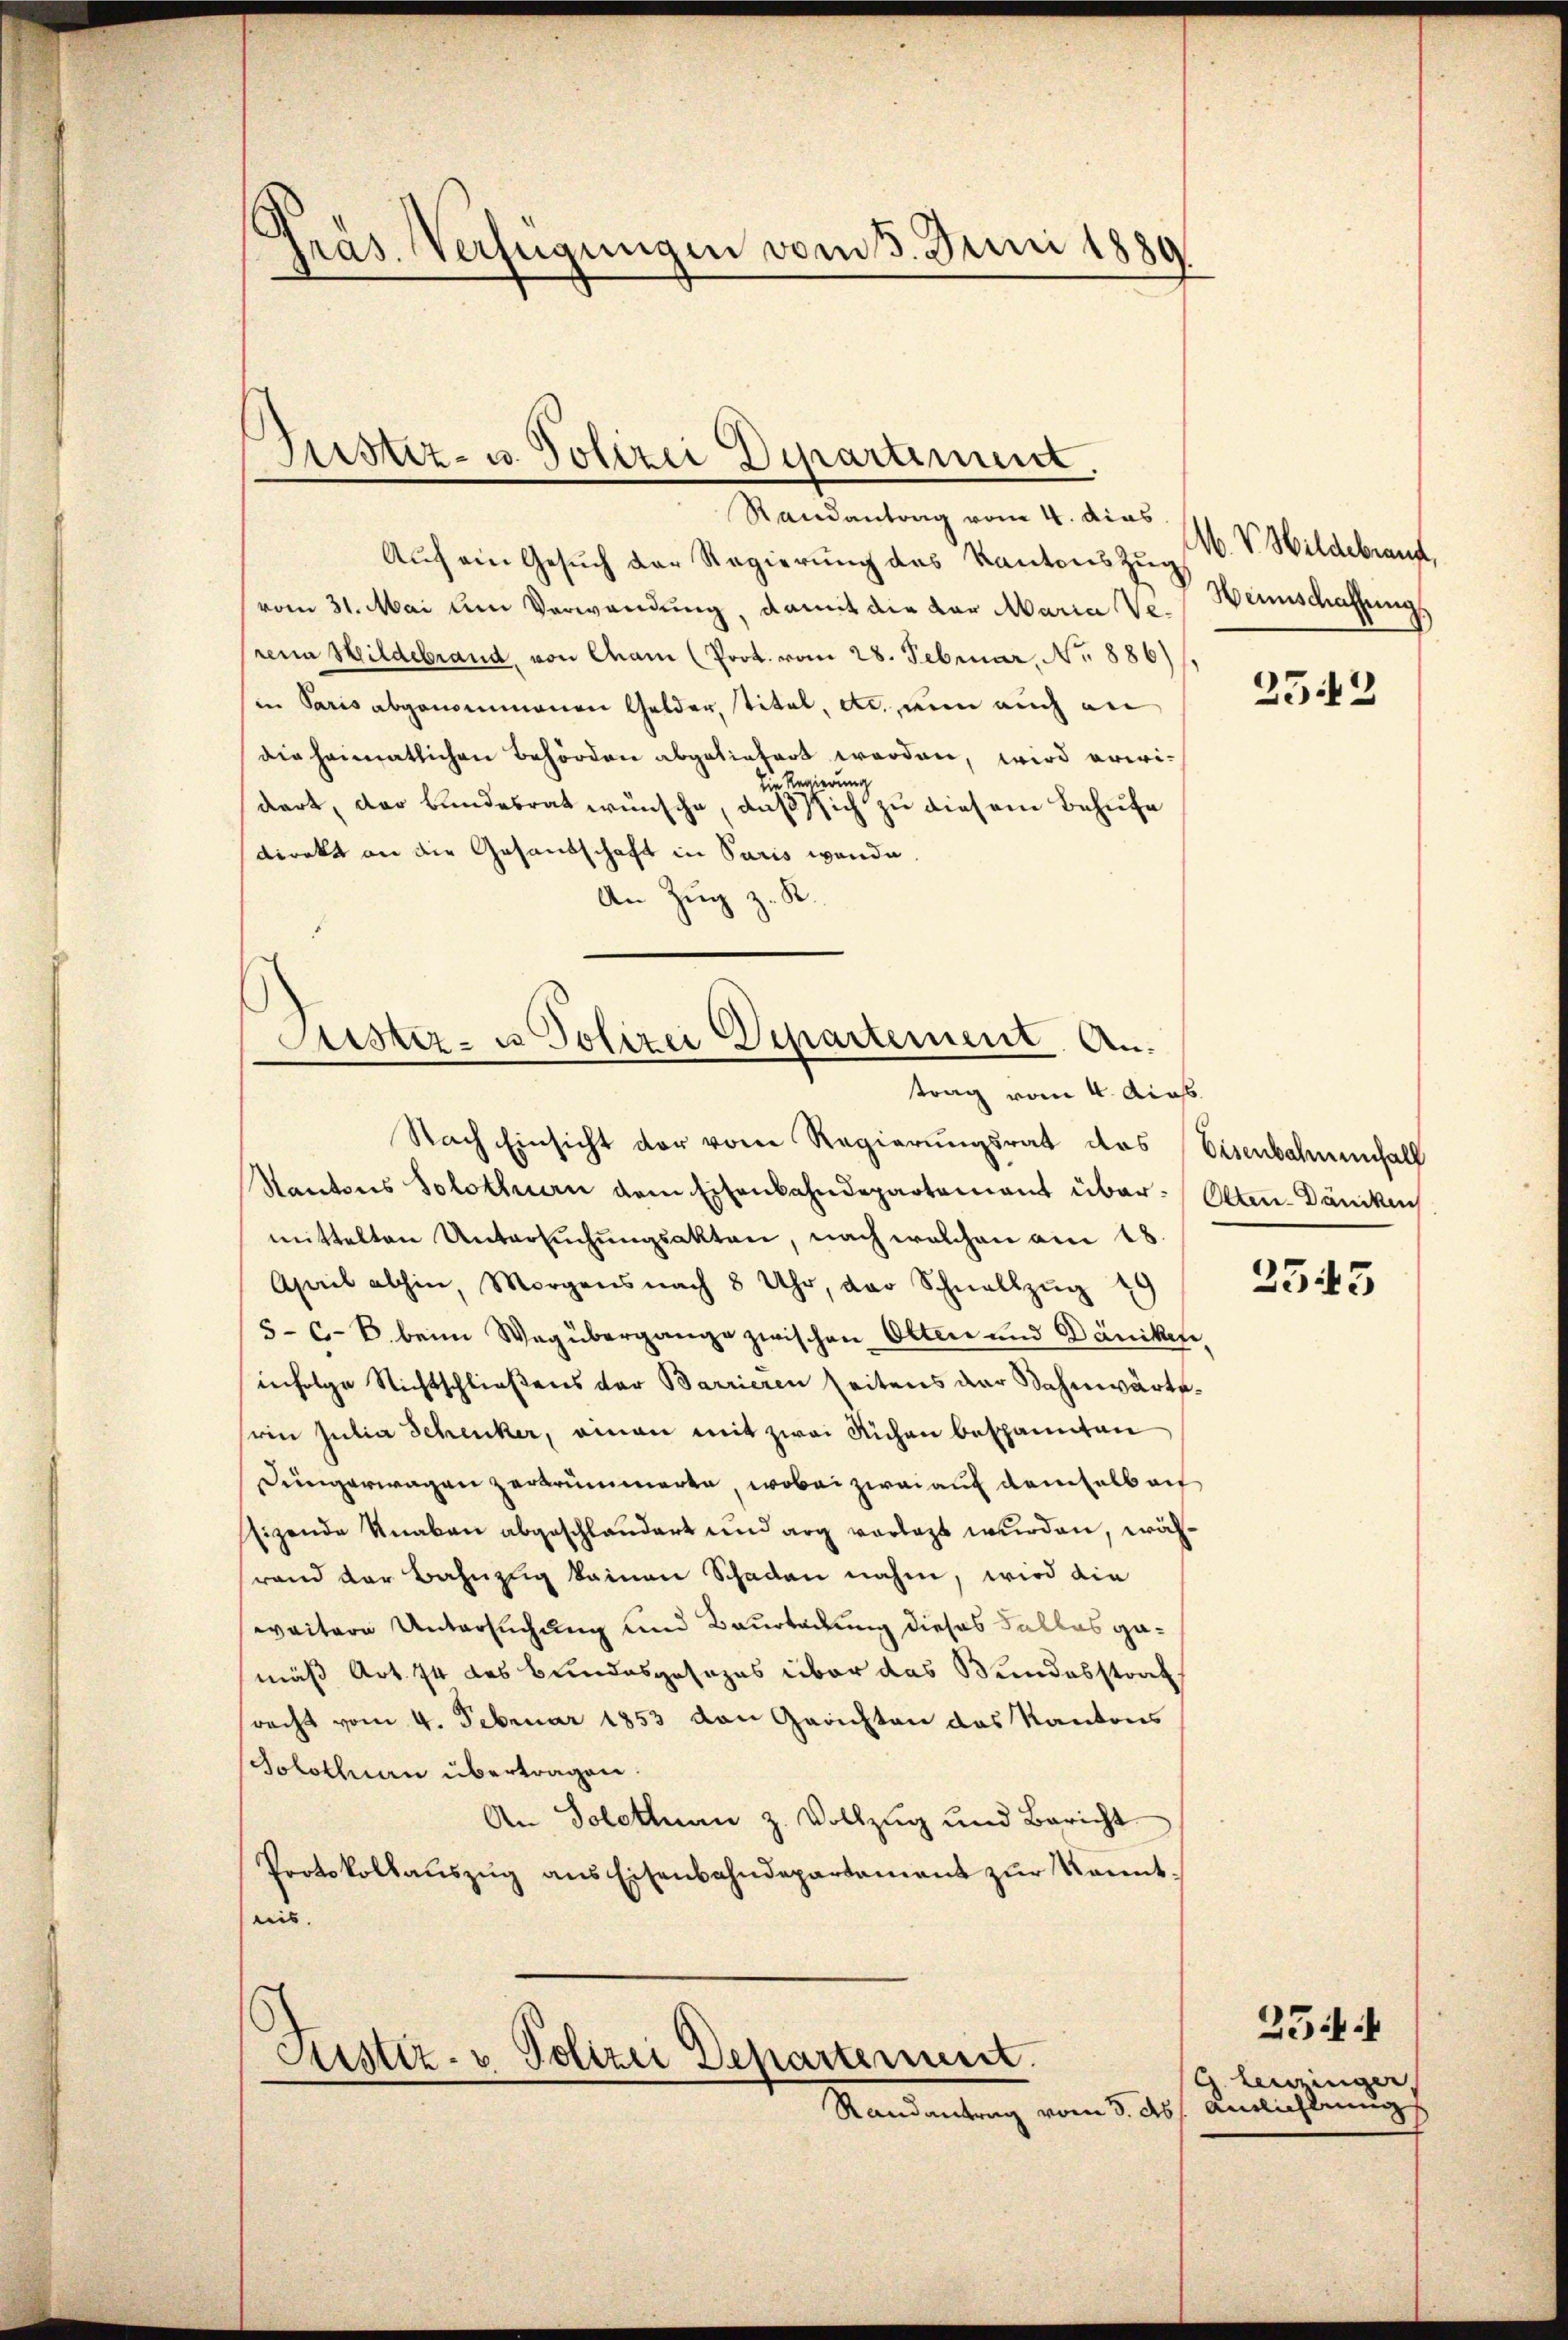
Randantrag vom 4. dias.
Auch ein Gesuch der Regierung des Kantons Zug
vom 31. Mai um Verwendung, damit die der Maria Verena Hildebrand, von Cham (Prot. vom 28. Februar, No 886)
in Paris abgenommenen Gelder, Titel, etc. nun auch an
die heimatlichen Behörden abgeliefert werden, wird erwi¬
Die Regierung
dert, der Bundesrat wünsche, daß sich zu diesem Behufe
direkt an die Gesandschaft in Paris werde.
An Zug z. R.

Präs. Verfügungen vom 3. Juni 1889

Justiz- u. Polizei Departiment.

Lister- u Polizei Departement. Antrag vom 4. Aca

Nach Einsicht der vom Regierungsrat das Eisenbahnenfall
Kantons Solothuen dem Eisenbahndepartement über: Otten. Dancken
mittelten Untersuchungsakten, nach welchen am 18.
April abhin, Morgens nach 8 Uhr, der Schnellzŭg 29
5-6-8 beim Wegübergange zwischen Otten und Däniken
infolge Nichtschließens der Barrieren Zeitens der Wahnwärtssein Julia Schenker, einen mit zwei Richen bespannten
Düngerwagen zerkrümmerte, wobei zwai auf dem halb auf
sizende Knaben abgeschländert und arg vorlegt wurden, währand der Bahnzug keinen Schaden nahm, wird die
weitere Untersuchung und Baurtadung dieses Falles gamäß Art. 74 des Bundesgesezes über das Bundesstraf
racht vom 4. Februar 1853 von Gerichten das Kantons
Solothuen übertragen.
An Solothurn z. Vollzug und Bericht
Protokollaŭszŭg ans Eisenbahndepartament zŭr kannt,
leis

Fister. - Polizei Departement.
Mandantung vom 5. d.

M. V. Wildebrand,
Weinschaffung

2542

2545

G.Leuzinger,
Auslichtung

254.